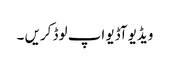
ویڈیو آڈیو اپ لوڈ کریں ۔